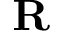
\mathbf { R }